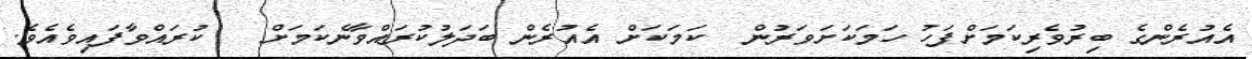
އެއުރެންގެ ބިރުވެރިކަމަށްފަހު ހަމަކަށަވަރުން  ކަމަކަށް އެއުރެން ބަދަލުކުރައްވާނެކަމަށް   ކުރައްވާފައިވެއެވެ.